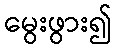
မွေးဖွား၍